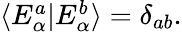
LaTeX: \begin{array}{r}{\langle E_{\alpha}^{a}|E_{\alpha}^{b}\rangle=\delta_{ab}.}\end{array}